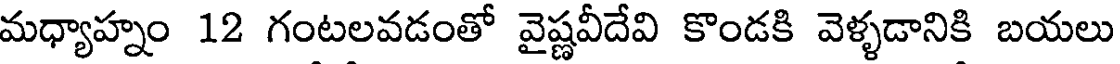
మధ్యాహ్నం 12 గంటలవడంతో వైష్ణవీదేవి కొండకి వెళ్ళడానికి బయలు